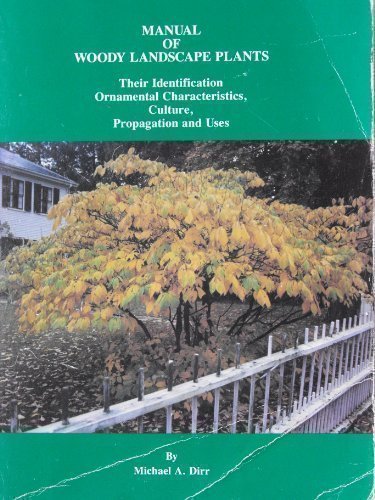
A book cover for Manual of Woody Landscape Plants: Their Identification, Ornamental Characteristics, Culture, Propagation and Uses; Michael A. Dirr; Science & Math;